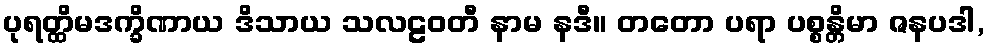
ပုရတ္ထိမဒက္ခိဏာယ ဒိသာယ သလဠဝတီ နာမ နဒီ။ တတော ပရာ ပစ္စန္တိမာ ဇနပဒါ,